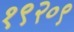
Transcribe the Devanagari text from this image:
१९२०९